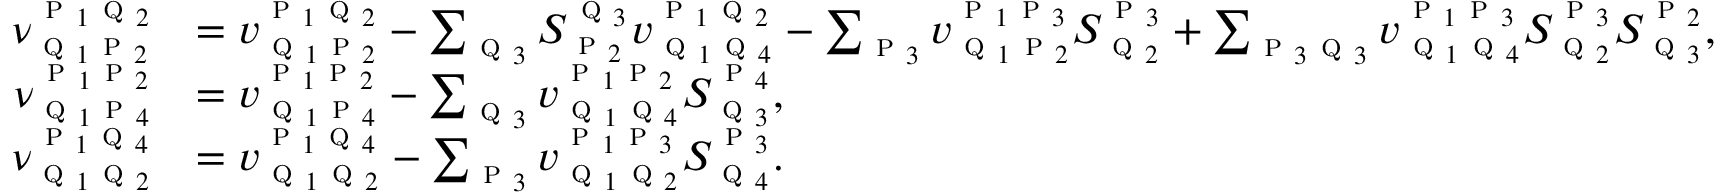
\begin{array} { r l } { \nu _ { \textsc { q } _ { 1 } \textsc { p } _ { 2 } } ^ { \textsc { p } _ { 1 } \textsc { q } _ { 2 } } } & { = v _ { \textsc { q } _ { 1 } \textsc { p } _ { 2 } } ^ { \textsc { p } _ { 1 } \textsc { q } _ { 2 } } - \sum _ { \textsc { q } _ { 3 } } S _ { \textsc { p } _ { 2 } } ^ { \textsc { q } _ { 3 } } { v } _ { \textsc { q } _ { 1 } \textsc { q } _ { 4 } } ^ { \textsc { p } _ { 1 } \textsc { q } _ { 2 } } - \sum _ { \textsc { p } _ { 3 } } v _ { \textsc { q } _ { 1 } \textsc { p } _ { 2 } } ^ { \textsc { p } _ { 1 } \textsc { p } _ { 3 } } S _ { \textsc { q } _ { 2 } } ^ { \textsc { p } _ { 3 } } + \sum _ { \textsc { p } _ { 3 } \textsc { q } _ { 3 } } v _ { \textsc { q } _ { 1 } \textsc { q } _ { 4 } } ^ { \textsc { p } _ { 1 } \textsc { p } _ { 3 } } S _ { \textsc { q } _ { 2 } } ^ { \textsc { p } _ { 3 } } S _ { \textsc { q } _ { 3 } } ^ { \textsc { p } _ { 2 } } , } \\ { \nu _ { \textsc { q } _ { 1 } \textsc { p } _ { 4 } } ^ { \textsc { p } _ { 1 } \textsc { p } _ { 2 } } } & { = v _ { \textsc { q } _ { 1 } \textsc { p } _ { 4 } } ^ { \textsc { p } _ { 1 } \textsc { p } _ { 2 } } - \sum _ { \textsc { q } _ { 3 } } v _ { \textsc { q } _ { 1 } \textsc { q } _ { 4 } } ^ { \textsc { p } _ { 1 } \textsc { p } _ { 2 } } S _ { \textsc { q } _ { 3 } } ^ { \textsc { p } _ { 4 } } , } \\ { \nu _ { \textsc { q } _ { 1 } \textsc { q } _ { 2 } } ^ { \textsc { p } _ { 1 } \textsc { q } _ { 4 } } } & { = v _ { \textsc { q } _ { 1 } \textsc { q } _ { 2 } } ^ { \textsc { p } _ { 1 } \textsc { q } _ { 4 } } - \sum _ { \textsc { p } _ { 3 } } v _ { \textsc { q } _ { 1 } \textsc { q } _ { 2 } } ^ { \textsc { p } _ { 1 } \textsc { p } _ { 3 } } S _ { \textsc { q } _ { 4 } } ^ { \textsc { p } _ { 3 } } . } \end{array}